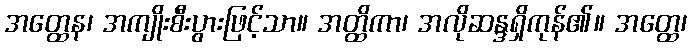
အတ္ထေန၊ အကျိုးစီးပွားဖြင့်သာ။ အတ္ထိကာ၊ အလိုဆန္ဒရှိကုန်၏။ အတ္ထေ၊